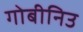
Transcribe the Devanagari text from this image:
गोबीनिउ